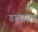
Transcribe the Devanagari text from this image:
डब्यांसह